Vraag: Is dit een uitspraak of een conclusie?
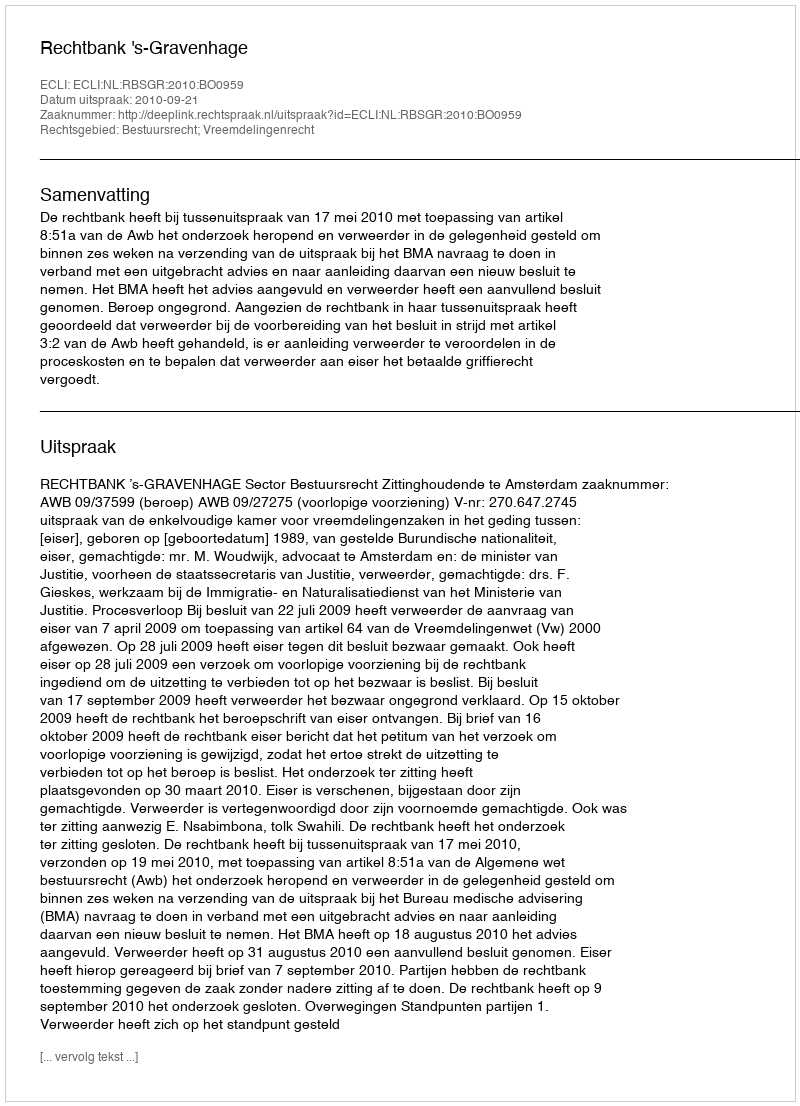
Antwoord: Uitspraak